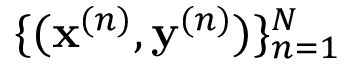
\{ ( { \mathbf { x } ^ { ( n ) } , \mathbf { y } ^ { ( n ) } } ) \} _ { n = 1 } ^ { N }